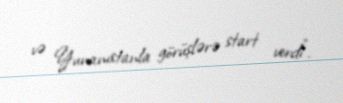
və Yunanıstanla görüşlərə start verdi”.